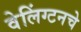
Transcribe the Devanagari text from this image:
वेलिंग्टनचे